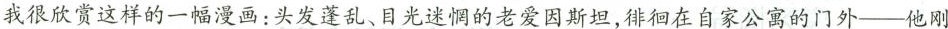
我很欣赏这样的一幅漫画：头发蓬乱、目光迷惘的老爱因斯坦，徘徊在自家公寓的门外—他刚